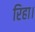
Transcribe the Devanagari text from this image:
रिहा।